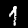
Label: 1